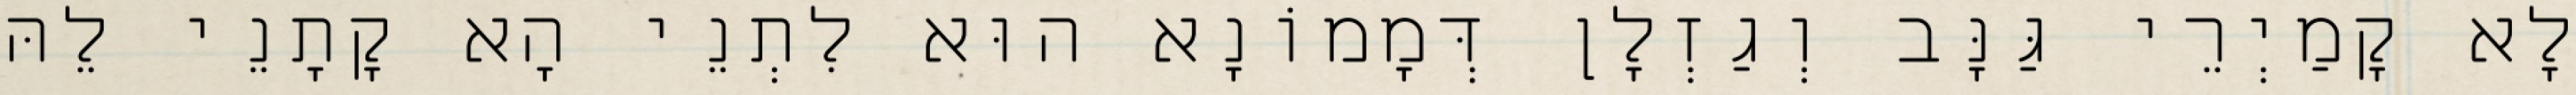
לָא קָמַיְרֵי גַּנָּב וְגַזְלָן דְּמָמוֹנָא הוּא לִתְנֵי הָא קָתָנֵי לֵהּ